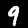
Digit: 9